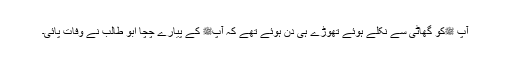
آپ ﷺکو گھاٹی سے نکلے ہوئے تھوڑے ہی دن ہوئے تھے کہ آپﷺ کے پیارے چچا ابو طالب نے وفات پائی۔